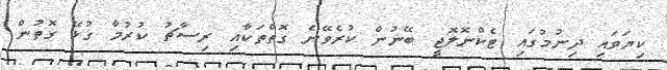
ކިޔަވައި ދިނުމުގައި ޓެކްނޮލޮޖީ ބޭނުން ކުރެވޭނެ ގޮތްތަކާއި ރިސާޗު ކުރުމާ ގުޅޭ ގޮތުން